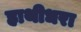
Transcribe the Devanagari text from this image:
हाथीधरा